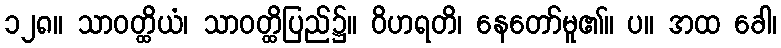
၁၂၈။ သာဝတ္ထိယံ၊ သာဝတ္ထိပြည်၌။ ဝိဟရတိ၊ နေတော်မူ၏။ ပ။ အထ ခေါ၊